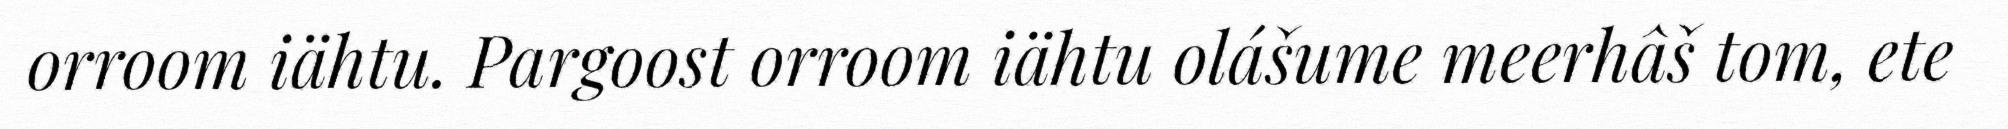
orroom iähtu. Pargoost orroom iähtu olášume meerhâš tom, ete